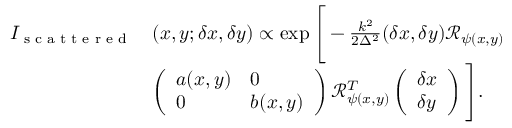
\begin{array} { r l } { I _ { \textrm { s c a t t e r e d } } } & { ( x , y ; \delta x , \delta y ) \propto \exp \Bigg [ - \frac { k ^ { 2 } } { 2 \Delta ^ { 2 } } ( \delta x , \delta y ) \mathcal { R } _ { \psi ( x , y ) } } \\ & { \left( \begin{array} { l l } { a ( x , y ) } & { 0 } \\ { 0 } & { b ( x , y ) } \end{array} \right) \mathcal { R } _ { \psi ( x , y ) } ^ { T } \left( \begin{array} { l } { \delta x } \\ { \delta y } \end{array} \right) \Bigg ] . \quad } \end{array}